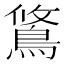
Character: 𫚿